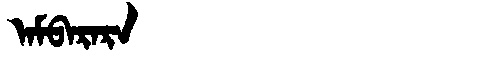
Manchu: ᠠᠮᠪᠠᡵᠠᡵᠠ
Romanization: AMBARARA